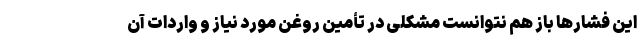
این فشارها باز هم نتوانست مشکلی در تأمین روغن مورد نیاز و واردات آن